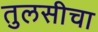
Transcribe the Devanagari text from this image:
तुलसीचा